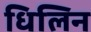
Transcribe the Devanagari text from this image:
धिलिन